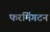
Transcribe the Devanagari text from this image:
फरमिंगटन